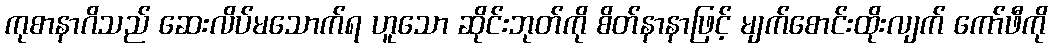
ကုစာနာဂိသည် ဆေးလိပ်မသောက်ရ ဟူသော ဆိုင်းဘုတ်ကို စိတ်နာနာဖြင့် မျက်စောင်းထိုးလျက် ကော်ဖီကို